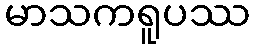
မာသကရူပဿ